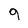
Character: 9